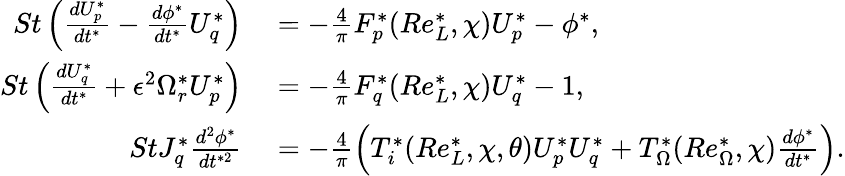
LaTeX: \begin{array}{rl}{St\left(\frac{dU_{p}^{*}}{dt^{*}}-\frac{d\phi^{*}}{dt^{*}}U_{q}^{*}\right)}&{{}=-\frac{4}{\pi}F_{p}^{*}(Re_{L}^{*},\chi)U_{p}^{*}-\phi^{*},}\\ {St\left(\frac{dU_{q}^{*}}{dt^{*}}+\epsilon^{2}\Omega_{r}^{*}U_{p}^{*}\right)}&{{}=-\frac{4}{\pi}F_{q}^{*}(Re_{L}^{*},\chi)U_{q}^{*}-1,}\\ {StJ_{q}^{*}\frac{d^{2}\phi^{*}}{dt^{*2}}}&{{}=-\frac{4}{\pi}\left(T_{i}^{*}(Re_{L}^{*},\chi,\theta)U_{p}^{*}U_{q}^{*}+T_{\Omega}^{*}(Re_{\Omega}^{*},\chi)\frac{d\phi^{*}}{dt^{*}}\right).}\end{array}